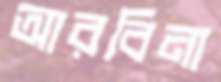
আরবিনা